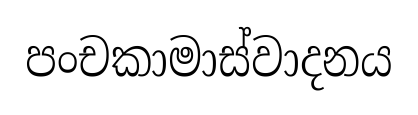
පංචකාමාස්වාදනය